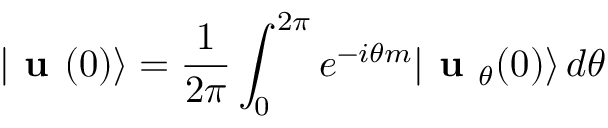
| \textbf { u } ( 0 ) \rangle = \frac { 1 } { 2 \pi } \int _ { 0 } ^ { 2 \pi } e ^ { - i \theta m } | \textbf { u } _ { \theta } ( 0 ) \rangle \, d \theta